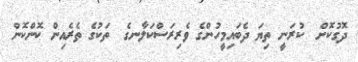
ދޮގުކޮށް  ކުރަނީ ތިޔަ ދެބައިމީހުންގެ ވެރިރަސްކަލާނގެ  ތަކުގެ ތެރެއިން ކޮންކޮން